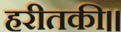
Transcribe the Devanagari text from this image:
हरीतकी॥